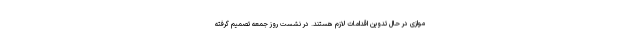
موازی در حال تدوین اقدامات لازم هستند. در نشست روز جمعه تصمیم گرفته